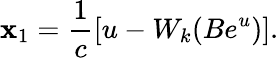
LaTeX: \mathbf{x}_{1}=\frac{{1}}{{c}}\left[u-W_{k}(Be^{u})\right].